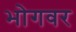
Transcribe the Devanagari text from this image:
भोगवर